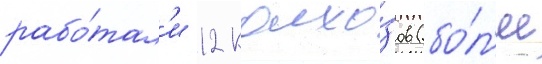
рабо́тал'и 12 колхо́зов (бо́л'ее